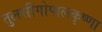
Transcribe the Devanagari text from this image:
तुलसीगोपालकृष्‍णा